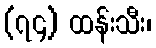
(၇၄) ထန်းသီး၊